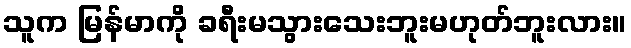
သူက မြန်မာကို ခရီးမသွားသေးဘူးမဟုတ်ဘူးလား။